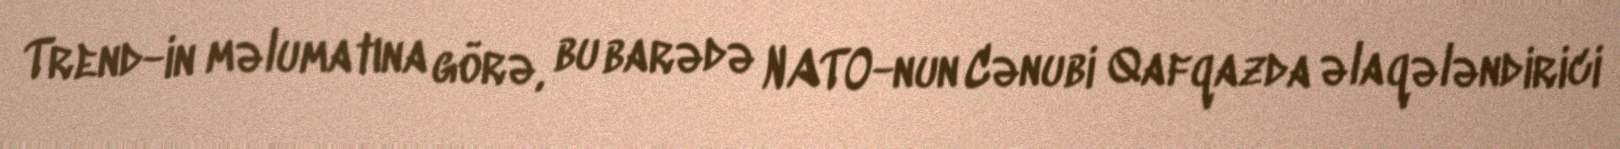
Trend-in məlumatına görə, bu barədə NATO-nun Cənubi Qafqazda əlaqələndirici